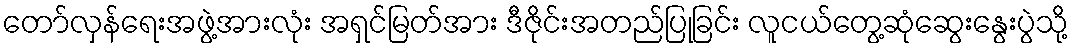
တော်လှန်ရေးအဖွဲ့အားလုံး အရှင်မြတ်အား ဒီဇိုင်းအတည်ပြုခြင်း လူငယ်တွေ့ဆုံဆွေးနွေးပွဲသို့